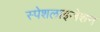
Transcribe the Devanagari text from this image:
स्पेशलाइजेशन